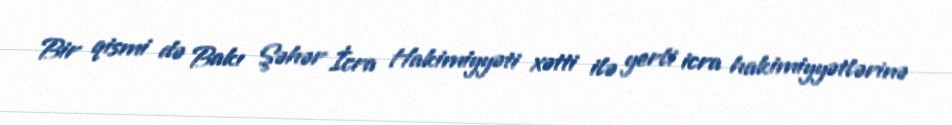
Bir qismi də Bakı Şəhər İcra Hakimiyyəti xətti ilə yerli icra hakimiyyətlərinə